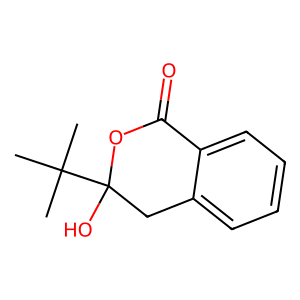
SMILES: CC(C)(C)C1(O)Cc2ccccc2C(=O)O1
Inhibits HIV replication: No